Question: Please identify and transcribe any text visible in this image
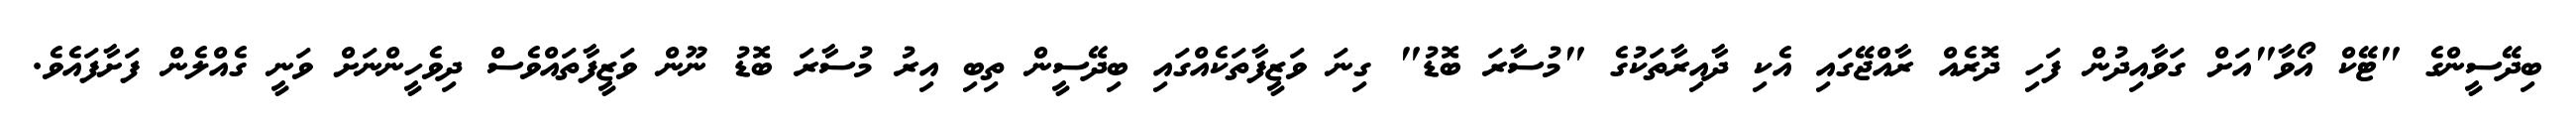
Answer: ބިދޭސީންގެ "ޓޭކް އޯވާ"އަށް ގަވާއިދުން ފަހި ދޮރެއް ރާއްޖޭގައި އެކި ދާއިރާތަކުގެ "މުސާރަ ބޮޑު" ގިނަ ވަޒީފާތަކެއްގައި ބިދޭސީން ތިބި އިރު މުސާރަ ބޮޑު ނޫން ވަޒީފާތައްވެސް ދިވެހީންނަށް ވަނީ ގެއްލެން ފަށާފައެވެ.